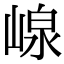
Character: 㟫